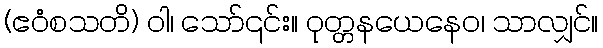
(ဧဝံစသတိ) ဝါ၊ သော်၎င်း။ ဝုတ္တနယေနေဝ၊ သာလျှင်။